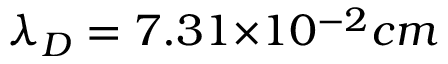
{ \lambda _ { D } } = 7 . 3 1 { \times } 1 0 ^ { - 2 } c m